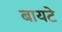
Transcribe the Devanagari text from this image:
बायटे